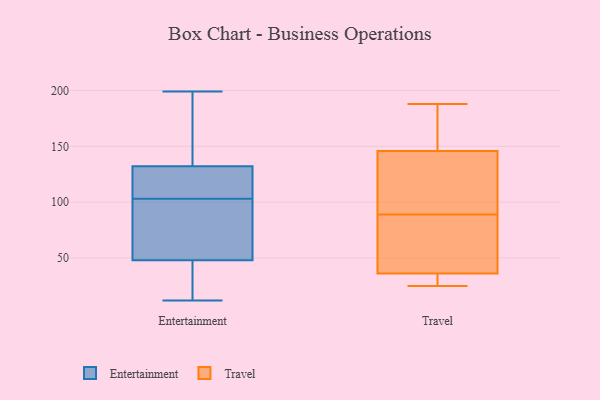
{"axis": {"x": "Demand Index", "y": "Value"}, "legend": ["Entertainment", "Travel"], "data": [{"x": "", "y": 164, "type": "Entertainment"}, {"x": "", "y": 136, "type": "Entertainment"}, {"x": "", "y": 191, "type": "Entertainment"}, {"x": "", "y": 131, "type": "Entertainment"}, {"x": "", "y": 68, "type": "Entertainment"}, {"x": "", "y": 22, "type": "Entertainment"}, {"x": "", "y": 82, "type": "Entertainment"}, {"x": "", "y": 199, "type": "Entertainment"}, {"x": "", "y": 36, "type": "Entertainment"}, {"x": "", "y": 12, "type": "Entertainment"}, {"x": "", "y": 49, "type": "Entertainment"}, {"x": "", "y": 96, "type": "Entertainment"}, {"x": "", "y": 110, "type": "Entertainment"}, {"x": "", "y": 119, "type": "Entertainment"}, {"x": "", "y": 108, "type": "Entertainment"}, {"x": "", "y": 103, "type": "Entertainment"}, {"x": "", "y": 45, "type": "Entertainment"}, {"x": "", "y": 28, "type": "Travel"}, {"x": "", "y": 147, "type": "Travel"}, {"x": "", "y": 89, "type": "Travel"}, {"x": "", "y": 34, "type": "Travel"}, {"x": "", "y": 188, "type": "Travel"}, {"x": "", "y": 142, "type": "Travel"}, {"x": "", "y": 25, "type": "Travel"}, {"x": "", "y": 131, "type": "Travel"}, {"x": "", "y": 50, "type": "Travel"}, {"x": "", "y": 42, "type": "Travel"}, {"x": "", "y": 180, "type": "Travel"}]}